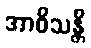
အာဝိသန္တိ